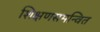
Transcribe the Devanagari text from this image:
शिक्षणसमन्वित